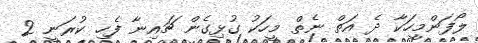
ލޯފަންމީހަކާ ދެ އަތް ނެތް މީހަކު ގުޅިގެން ޗައިނާ ފެހި ކުރަނީ 2